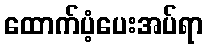
ထောက်ပံ့ပေးအပ်ရာ